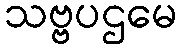
သဗ္ဗပဌမေ